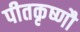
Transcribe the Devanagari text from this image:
पीतकृष्णौ